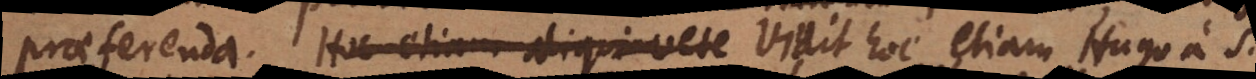
praeferenda. Hoc etiam aliqui vete Vidit hoc etiam Hugo a S.